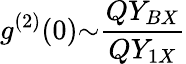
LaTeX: g^{(2)}(0){\sim}\frac{QY_{BX}}{QY_{1X}}